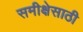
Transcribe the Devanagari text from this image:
समीक्षेसाठी